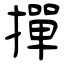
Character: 撣